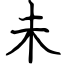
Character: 未